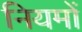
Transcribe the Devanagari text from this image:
नियमों